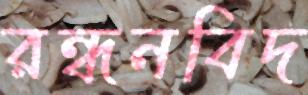
রন্ধনবিদ